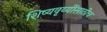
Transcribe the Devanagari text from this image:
शिष्यवृय्यींसाठीच